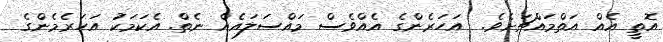
އޮތީ އެއް އަތްމައްޗަށެވެ.  އަހަރެންގެ އެއްވެސް މައްސަލައެއް ނެތް. އެކަމަކަު އަހަރެމެންގެ